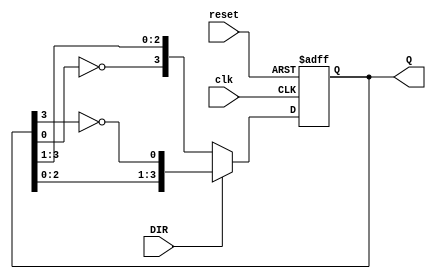
module Bidirectional_Johnson_Counter (
    input wire clk,          // Clock input
    input wire reset,        // Asynchronous reset
    input wire DIR,          // Direction control: 1 for up, 0 for down
    output reg [N-1:0] Q     // Output state of the counter
);
    parameter N = 4;         // Number of flip-flops (can be changed as needed)

    // Internal signals
    wire [N-1:0] next_state;

    always @(posedge clk or posedge reset) begin
        if (reset) begin
            Q <= 0;          // Reset the counter to 0
        end else begin
            Q <= next_state; // Update the counter state
        end
    end

    // Combinational logic for next state
    assign next_state = (DIR) ? {Q[N-2:0], ~Q[N-1]} : {~Q[0], Q[N-1:1]};

endmodule